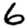
Digit: 6